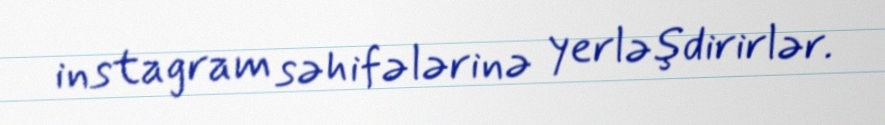
instagram səhifələrinə yerləşdirirlər.